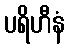
ပရိဟီနံ